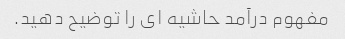
مفهوم درآمد حاشیه ای را توضیح دهید.